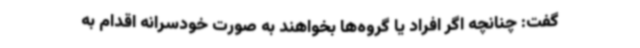
گفت: چنانچه اگر افراد یا گروه‌ها بخواهند به صورت خودسرانه اقدام به